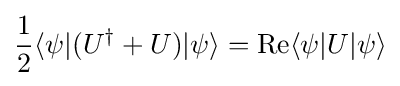
{\frac {1}{2}}\langle \psi |(U^{\dagger }+U)|\psi \rangle =\mathrm {Re} \langle \psi |U|\psi \rangle